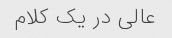
عالی در یک کلام